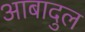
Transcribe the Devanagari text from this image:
आबादुल